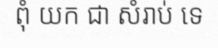
ពុំ យក ជា សំរាប់ ទេ